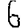
Digit: 6